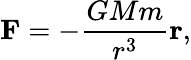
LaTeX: \mathbf{F}=-{\frac{GMm}{r^{3}}}\mathbf{r},